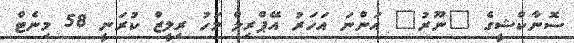
ސޮނާކްޝީގެ "ނޫރު" އަންނަ އަހަރު އޭޕްރިލް މަހު ރިލީޒް ކުރަނީ 58 މިނެޓް